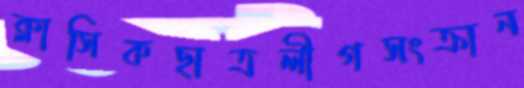
ক্লাসিকছাত্রলীগসংক্রান